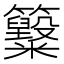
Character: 𥸋